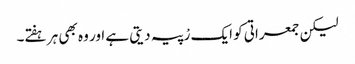
لیکن جمعراتی کو ایک رْپیہ دیتی ہے اور وہ بھی ہر ہفتے۔